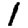
Digit: 1